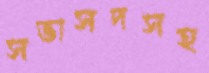
সভাসদসহ